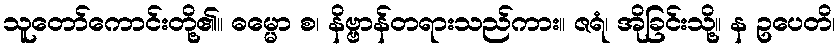
သူတော်ကောင်းတို့၏။ ဓမ္မော စ၊ နိဗ္ဗာန်တရားသည်ကား။ ဇရံ၊ အိုခြင်းသို့။ န ဥပေတိ၊